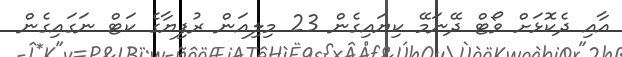
އާއި ދެކޮޅަށް ވޯޓް ދޭނަމޭ ކިޔައިގެން 23 މިލިއަން ރުފިޔާގެ ކަޓް ނަގައިގެން